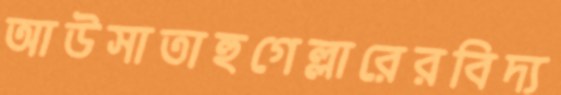
আউসাতাহুগেল্লারেরবিদ্য